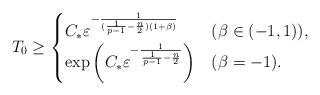
LaTeX: \begin{align*}T_0 \ge\begin{cases}\displaystyle C_{\ast} \varepsilon^{-\frac{1}{(\frac{1}{p-1}-\frac{n}{2})(1+\beta)} }& (\beta \in (-1,1)),\\\displaystyle \exp \left( C_{\ast} \varepsilon^{-\frac{1}{\frac{1}{p-1}-\frac{n}{2}} } \right)& (\beta = -1).\end{cases}\end{align*}